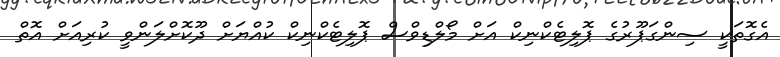
އެގޮތަކީ ސިންގަޕޫރުގެ ޕޮލިޓެކްނިކް އަށް މޯލްޑިވްސް ޕޮލިޓެކްނިކް ކުއްޔަށް ދޫކޮށްލަންވީ ކުރިއަށް އޮތް